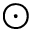
\odot